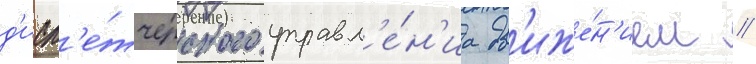
д'исп'е́тчерского управл'е́н'иа дв'иже́н'ием //